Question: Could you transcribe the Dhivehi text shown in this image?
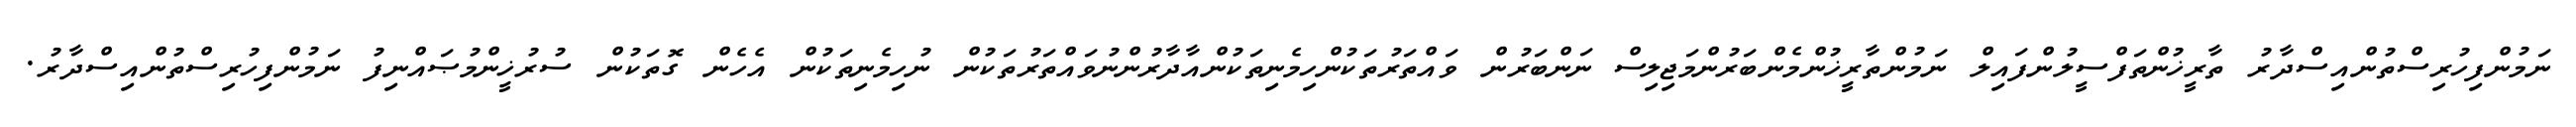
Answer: ނަމުންފިހުރިސްތުންއިސްދާރު ތާރީޚުންތަފްސީލުންފައިލް ނަމުންތާރީޚުންމެންބަރުންމަޖިލިސް ނަންބަރުން ވައްތަރުތަކުންހިމެނިތަކުންއާދާރުންނުވައްތަރުތަކުން ނުހިމެނިތަކުން އެހެން ގޮތަކުން ސުރުޚީންމުޞައްނިފު ނަމުންފިހުރިސްތުންއިސްދާރު.